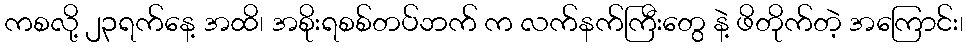
ကစလို့ ၂၃ရက်နေ့ အထိ၊ အစိုးရစစ်တပ်ဘက် က လက်နက်ကြီးတွေ နဲ့ ဖိတိုက်တဲ့ အကြောင်း၊